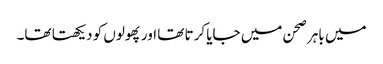
میں باہر صحن میں جایا کرتا تھا اور پھولوں کو دیکھتا تھا۔